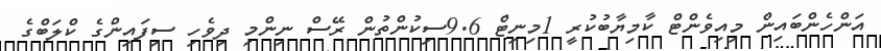
އަންހެންބައިން މިއިވެންޓް ކާމިޔާބުކުރީ 1މިނިޓް 9.6ސިކުންތުން ރޭސް ނިންމި ދިވެހި ސިފައިންގެ ކްލަބްގެ